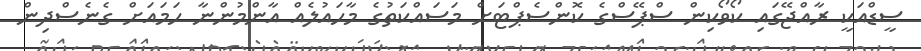
ސީޑްއަކީ ރާއްޖޭގައި ކޯވޯކިން ސްޕޭސްގެ ކޮންސެޕްޓަށް މަސައްކަތުގެ މާހައުލެއް އާންމުންނާ ހަމައަަށް ގެނެސްދިން